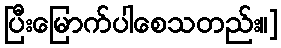
ပြီးမြောက်ပါစေသတည်း။]